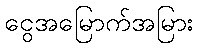
ငွေအမြောက်အမြား